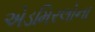
એડમિરલોના